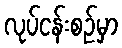
လုပ်ငန်းစဉ်မှာ